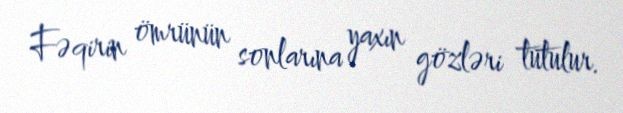
Fəqirin ömrünün sonlarına yaxın gözləri tutulur.